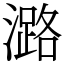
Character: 潞